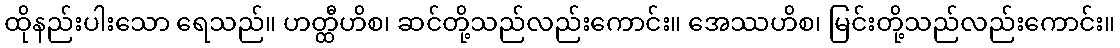
ထိုနည်းပါးသော ရေသည်။ ဟတ္ထီဟိစ၊ ဆင်တို့သည်လည်းကောင်း။ အေဿဟိစ၊ မြင်းတို့သည်လည်းကောင်း။